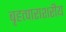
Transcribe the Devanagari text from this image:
बृहत्पाराशरीय